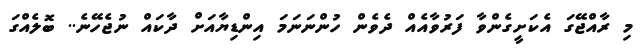
މި ރާއްޖޭގަ އެކަށީގެންވާ ފަރުވާއެއް ދެވެން ހުންނަނަމަ އިންޑިޔާއަށް ދާކައް ނުޖެހޭނެ.. ބޮލެއްގަ